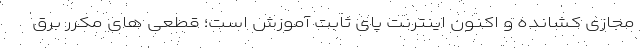
مجازی کشانده و اکنون اینترنت پای ثابت آموزش است؛ قطعی های مکرر برق